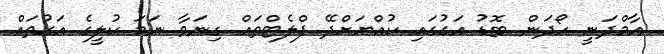
އާމްދަނީ ހޯދަން ބޮޑު އަގުގައި ކުއްޔަށްދޭ ފްލެޓްތައް ގިނަވާ ނަމަ ކުލީގެ އަގުތައް